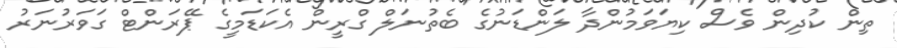
ތިން ކުދިން ވެސް ކިޔަވަމުންދާ ލަންޑަނުގެ ބެތުނަލް ގްރީން އެކަޑަމީގެ ޕޭރަންޓް ގަވަރުނަރު